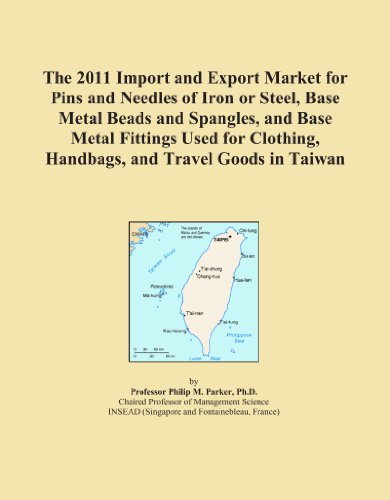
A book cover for The 2011 Import and Export Market for Pins and Needles of Iron or Steel, Base Metal Beads and Spangles, and Base Metal Fittings Used for Clothing, Handbags, and Travel Goods in Taiwan; Icon Group International; Travel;